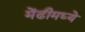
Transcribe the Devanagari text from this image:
मेंढीमध्ये